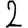
Digit: 2